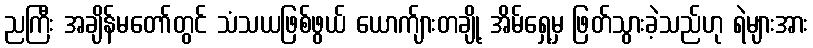
ညကြီး အချိန်မတော်တွင် သံသယဖြစ်ဖွယ် ယောက်ျားတချို့ အိမ်ရှေ့မှ ဖြတ်သွားခဲ့သည်ဟု ရဲများအား